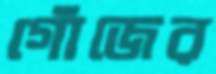
গোঁজের